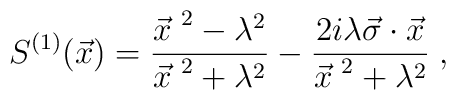
S^{(1)}(\vec{x}) = \frac{{\vec{x}\;}^2 - \lambda^2}{{\vec{x}\;}^2 + \lambda^2}- \frac{2i \lambda \vec{\sigma} \cdot \vec{x}}{{\vec{x}\;}^2+ \lambda^2} \; ,